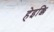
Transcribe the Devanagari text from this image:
हेइक्कि